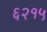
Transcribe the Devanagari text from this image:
६२१५